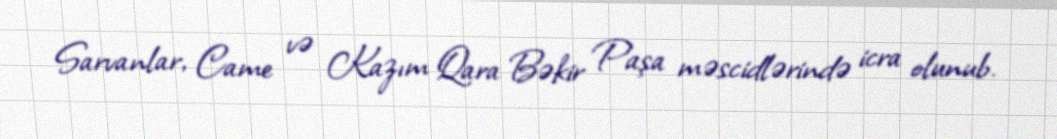
Sarvanlar, Came və Kazım Qara Bəkir Paşa məscidlərində icra olunub.